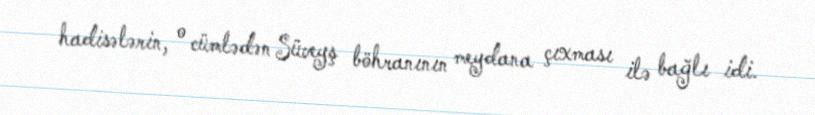
hadisələrin, o cümlədən Süveyş böhranının meydana çıxması ilə bağlı idi.